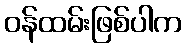
ဝန်ထမ်းဖြစ်ပါက